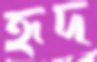
হৃদ